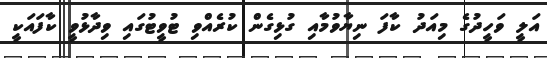
އަލީ ވަހީދުގެ މިއަދު ކާފަ ނިޔާވުމާއި ގުޅިގެން ކުރެއްވި ޓުވީޓުގައި ވިދާޅުވީ ކާފައަކީ